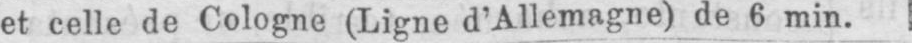
et celle de Cologne (Ligne d’Allemagne) de 6 min.